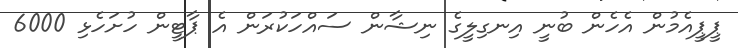
ޕީޕީއެމުން އެހެން ބުނީ އިނގިލީގެ ނިޝާން ސައްހަކުރަން އެ ޕާޓީން ހުށަހެޅި 6000